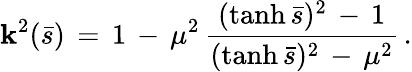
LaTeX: \mathbf{k}^{2}(\bar{{s}})\, =\, 1\, -\, \mu^{2}\, \frac{{(\operatorname{tanh}\bar{{s}})^{2}\, -\, 1}}{{(\operatorname{tanh}\bar{{s}})^{2}\, -\, \mu^{2}}}\, {.}